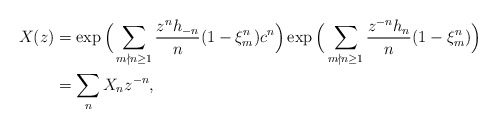
\begin{align*} X(z)&=\exp\Big(\sum_{m\nmid n\geq1}\frac{z^{n}h_{-n}}{n}(1-\xi_m^n)c^n\Big)\exp\Big(\sum_{m\nmid n\geq1}\frac{z^{-n}h_n}{n}(1-\xi_m^n)\Big)\\ &=\sum_n X_{n} z^{-n},\end{align*}